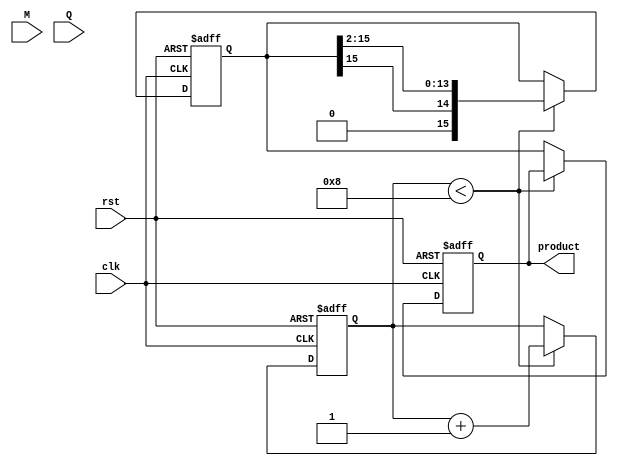
module modified_booth_multiplier (
    input clk,
    input rst,
    input [7:0] M,      // Multiplicand
    input [7:0] Q,      // Multiplier
    output reg [15:0] product // Output product
);

    reg [15:0] A;      // Accumulator
    reg [7:0] Q_reg;   // Multiplier register
    reg [8:0] Q_prev;  // Previous Q bit with an extra bit for 0
    reg [3:0] count;   // Counter for the number of bits processed
    
    // Initialize registers on reset
    always @(posedge clk or posedge rst) begin
        if (rst) begin
            A <= 16'b0;
            Q_reg <= Q;
            Q_prev <= 9'b0; // Start with Q(-1) = 0
            count <= 4'b0;
            product <= 16'b0;
        end else begin
            if (count < 8) begin
                // Booth encoding logic
                case ({Q_reg[0], Q_prev[0]})
                    2'b00: begin
                        // Do nothing
                        A <= A; // No operation
                    end
                    2'b01: begin
                        // Add M to A
                        A <= A + {8'b0, M}; // Extend M to match A's width
                    end
                    2'b10: begin
                        // Subtract M from A
                        A <= A - {8'b0, M}; // Extend M to match A's width
                    end
                    2'b11: begin
                        // Do nothing
                        A <= A; // No operation
                    end
                endcase

                // Shift right (arithmetic shift)
                {A, Q_reg} <= {A[15], A[15:1], Q_reg[7:1]}; // Shift A and Q
                Q_prev <= {Q_reg[0], Q_prev[8:1]}; // Update Q_prev
                count <= count + 1;
            end else begin
                product <= A; // Store final product
            end
        end
    end
endmodule